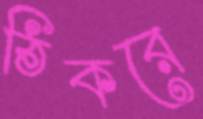
ঠিকরে